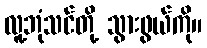
လူ့ဘုံသင်တို့ သွားဖွယ်ကို။